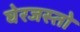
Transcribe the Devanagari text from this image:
घेरजस्तो